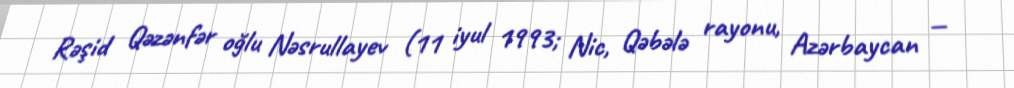
Rəşid Qəzənfər oğlu Nəsrullayev (11 iyul 1993; Nic, Qəbələ rayonu, Azərbaycan —